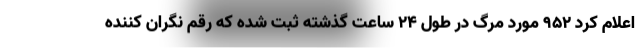
اعلام کرد ۹۵۲ مورد مرگ در طول ۲۴ ساعت گذشته ثبت شده که رقم نگران کننده